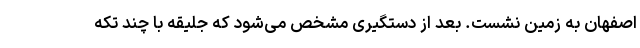
اصفهان به زمین نشست. بعد از دستگیری مشخص می‌شود که جلیقه با چند تکه